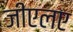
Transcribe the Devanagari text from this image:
जीएलए